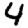
Digit: 4